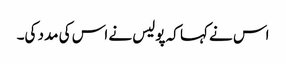
اس نے کہا کہ پولیس نے اس کی مدد کی۔